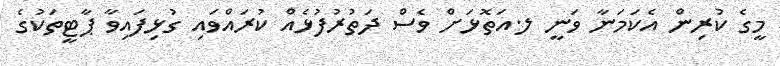
މީގެ ކުރިން އެކަމަނާ ވަނީ ލ.އަތޮޅަށް ވެސް ދަތުރުފުޅެއް ކުރައްވައި ގުޅިފައިވާ ޕާޓީތަކުގެ